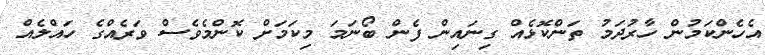
އެހެންކަމުން ހާރުދަމު ތަންކޮޅެއް ގިނައިން ފެން ބޯނަމަ މިކަމަށް ކޮންމެވެސް ވަރެއްގެ ހައްލެއް